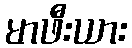
မာဖီးယား